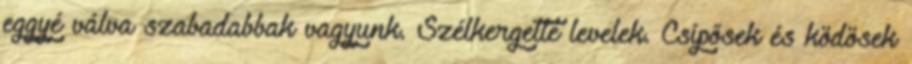
eggyé válva szabadabbak vagyunk. Szélkergette levelek. Csípősek és ködösek